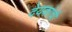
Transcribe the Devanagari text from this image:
देयकांची